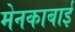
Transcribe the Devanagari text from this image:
मेनकाबाई